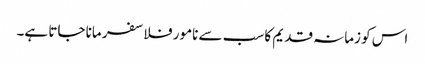
اس کو زمانہ قدیم کا سب سے نامور فلاسفر مانا جاتا ہے۔